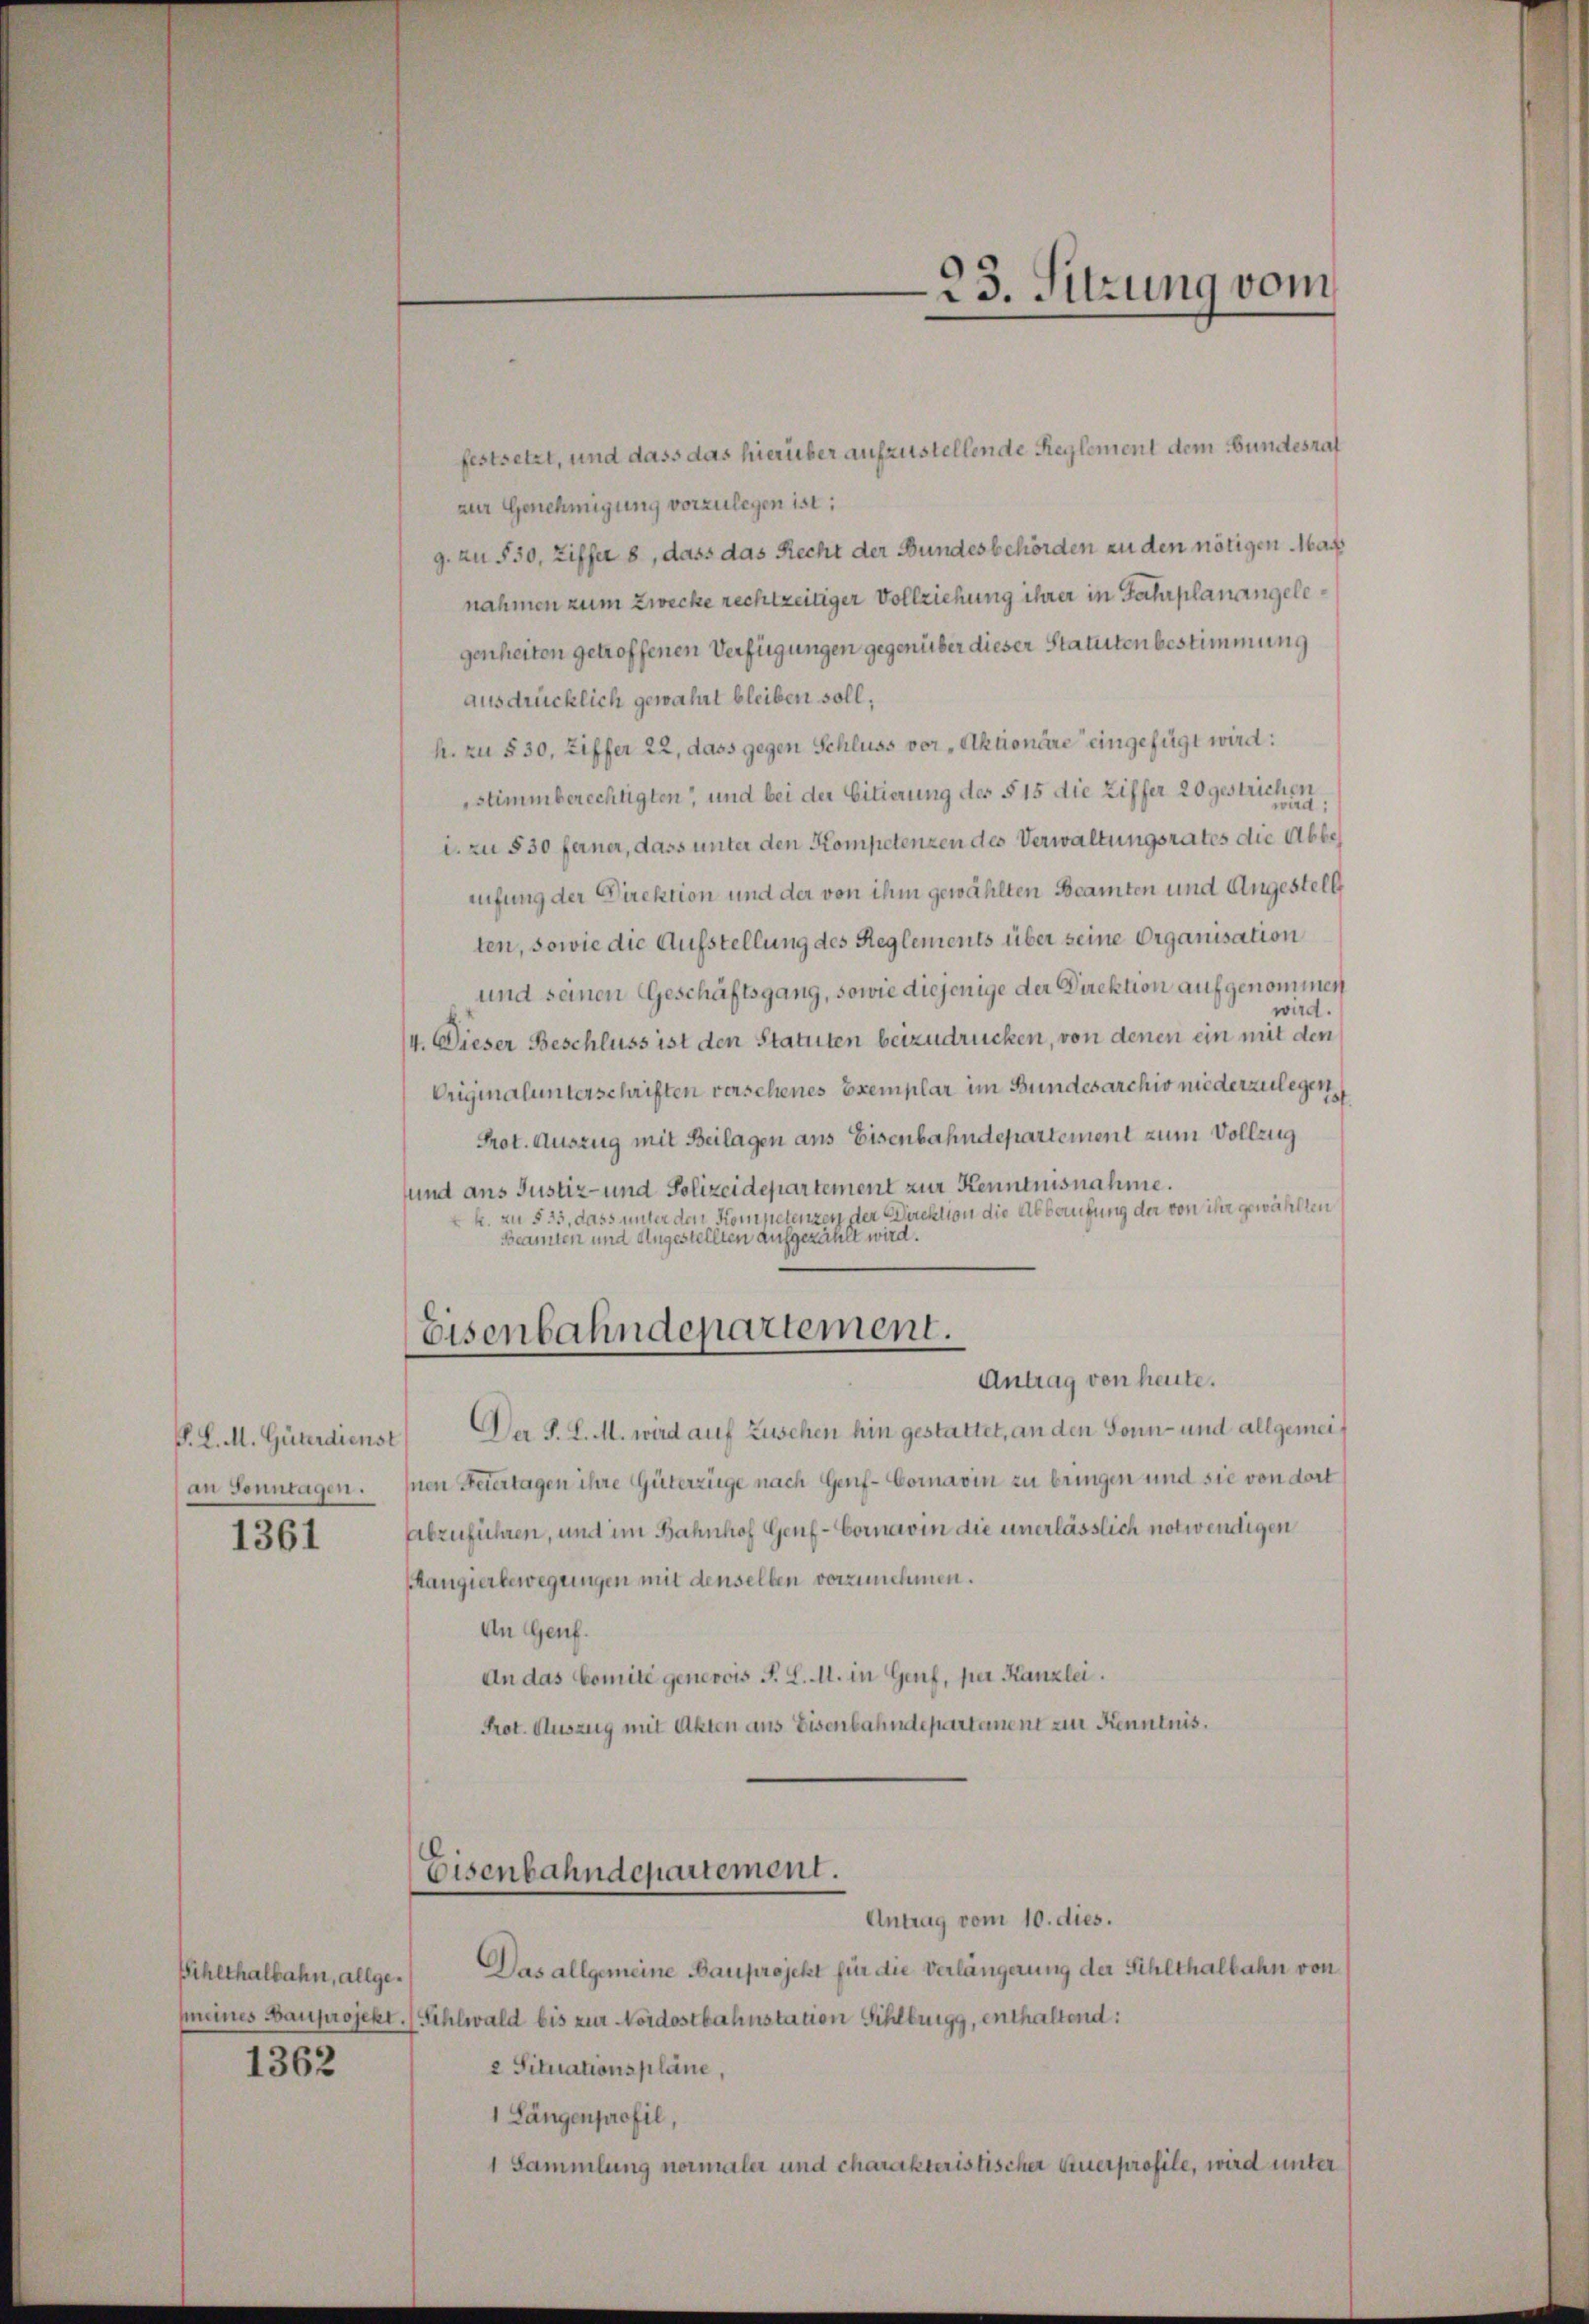
P. L. M. Güterdienst
an Sonntagen.

1361

Eihlthalbahn, allge¬
1362

festsetzt, und dass das hierüber aufzustellende Reglement dem Bundesrat
zur Genehmigung vorzulegen ist:
9. zu 530, Ziffer 8, dass das Recht der Bundesbehörden zu den nötigen Mass
nahmen zum Zwecke rechtzeitiger Vollziehung ihrer in Jahrplanangelegenheiten getroffenen Verfügungen gegenüber dieser Statuten bestimmung
ausdrücklich gewahrt bleiben soll,
h. zu § 30, Ziffer 22, dass gegen Schluss vor Aktionäre eingefügt wird:
stimmberechtigten, und bei der Citierung der § 15 die Ziffer 20 gestrichten
i. zu § 30 ferner, dass unter den Kompetenzen des Verwaltungsrates die Abbes
rifung der Direktion und der von ihm gewählten Beamten und Angestell
ten, sowie die Aufstellung des Reglements über seine Organisation
und seinen Geschäftsgang, sowie diejenige der Direktion aufgenommen
wird.
4. Dieser Beschluss ist den Statuten beizudrücken, von denen ein mit den
Vriginalunterschriften versehenes Exemplar im Bundesarchiv niederzulegen,
Prot. Auszug mit Beilagen ans Eisenbahndepartement zum Vollzug
und ans Justiz- und Polizeidepartement zur Kenntnisnahme.
k. zu § 23, dass unter den Kompetenzen der Direktion die Abberufung der von ihr gewählten
Beamten und Angestellten aufgezählt wird.
Eisenbahndepartement.
Antrag von heute.
Der J. L. M. wird auf Zusehen hin gestattet, an den Sonn- und allgemeihnen Feiertagen ihre Güterzüge nach Genf - Cornavin zu bringen und sie von dort
abzuführen, und im Bahnhof Genf - Cornavin die unerlässlich notwendigen
Rangierbewegungen mit denselben vorzunehmen.
An Genf.
An das Comité genevois F. L. M. in Genf, per Kanzlei.
Prot. Auszug mit Akten aus Eisenbahndepartanent zur Kenntnis.

Eisenbahndepartement.
Antrag vom 10. dies.

Das allgemeine Bauprojekt für die Verlängerung der Sihlthalbahn von
(meines Bauprojekt. (Sihlwald bis zur Nordostbahnstation Sihlburg, enthaltend:
2 Situationspläne,
1 Längenprofil,
1 Sammlung normaler und charakteristischer Auerprofile, wird unter

23. Sitzung vom